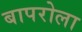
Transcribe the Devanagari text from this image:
बापरोला